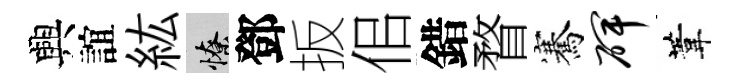
興誼紘憭鄧扳佀錯瞀騫碑葦